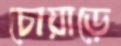
চোয়াড়ে